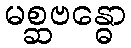
မစ္ဆဗန္ဓော